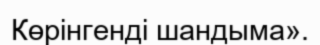
Көрінгенді шандыма».